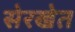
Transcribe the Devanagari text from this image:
सेरखेत